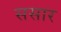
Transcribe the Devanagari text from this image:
ससार